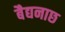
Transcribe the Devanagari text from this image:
बैद्यनाछ